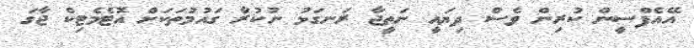
އޭއެފްސީން ކުރިން ވެސް ދިޔައީ ނަތީޖާ ރަނގަޅު ނުކުރާ ގައުމުތަކަށް އޮޓެމެޓިކް ޖާގަ